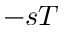
- s T